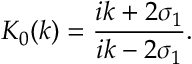
K _ { 0 } ( k ) = \frac { i k + 2 \sigma _ { 1 } } { i k - 2 \sigma _ { 1 } } .